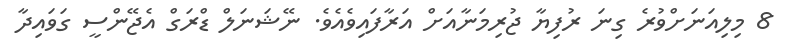
8 މިލިއަނަށްވުރެ ގިނަ ރުފިޔާ ޖުރިމަނާއަށް އަރާފައިވެއެވެ. ނޭޝަނަލް ޑްރަގް އެޖޭންސީ ގަވައިދާ